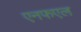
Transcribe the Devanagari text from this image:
एनफएल